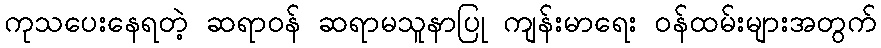
ကုသပေးနေရတဲ့ ဆရာဝန် ဆရာမသူနာပြု ကျန်းမာရေး ဝန်ထမ်းများအတွက်